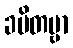
ခမိတဗ္ဗာ